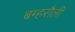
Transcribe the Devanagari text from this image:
बम्हरौली